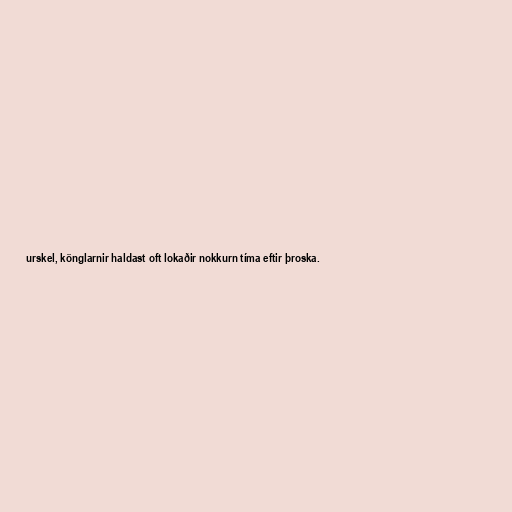
urskel, könglarnir haldast oft lokaðir nokkurn tíma eftir þroska.